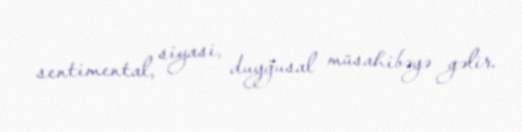
sentimental, siyasi, duyğusal müsahibəyə gəlir.